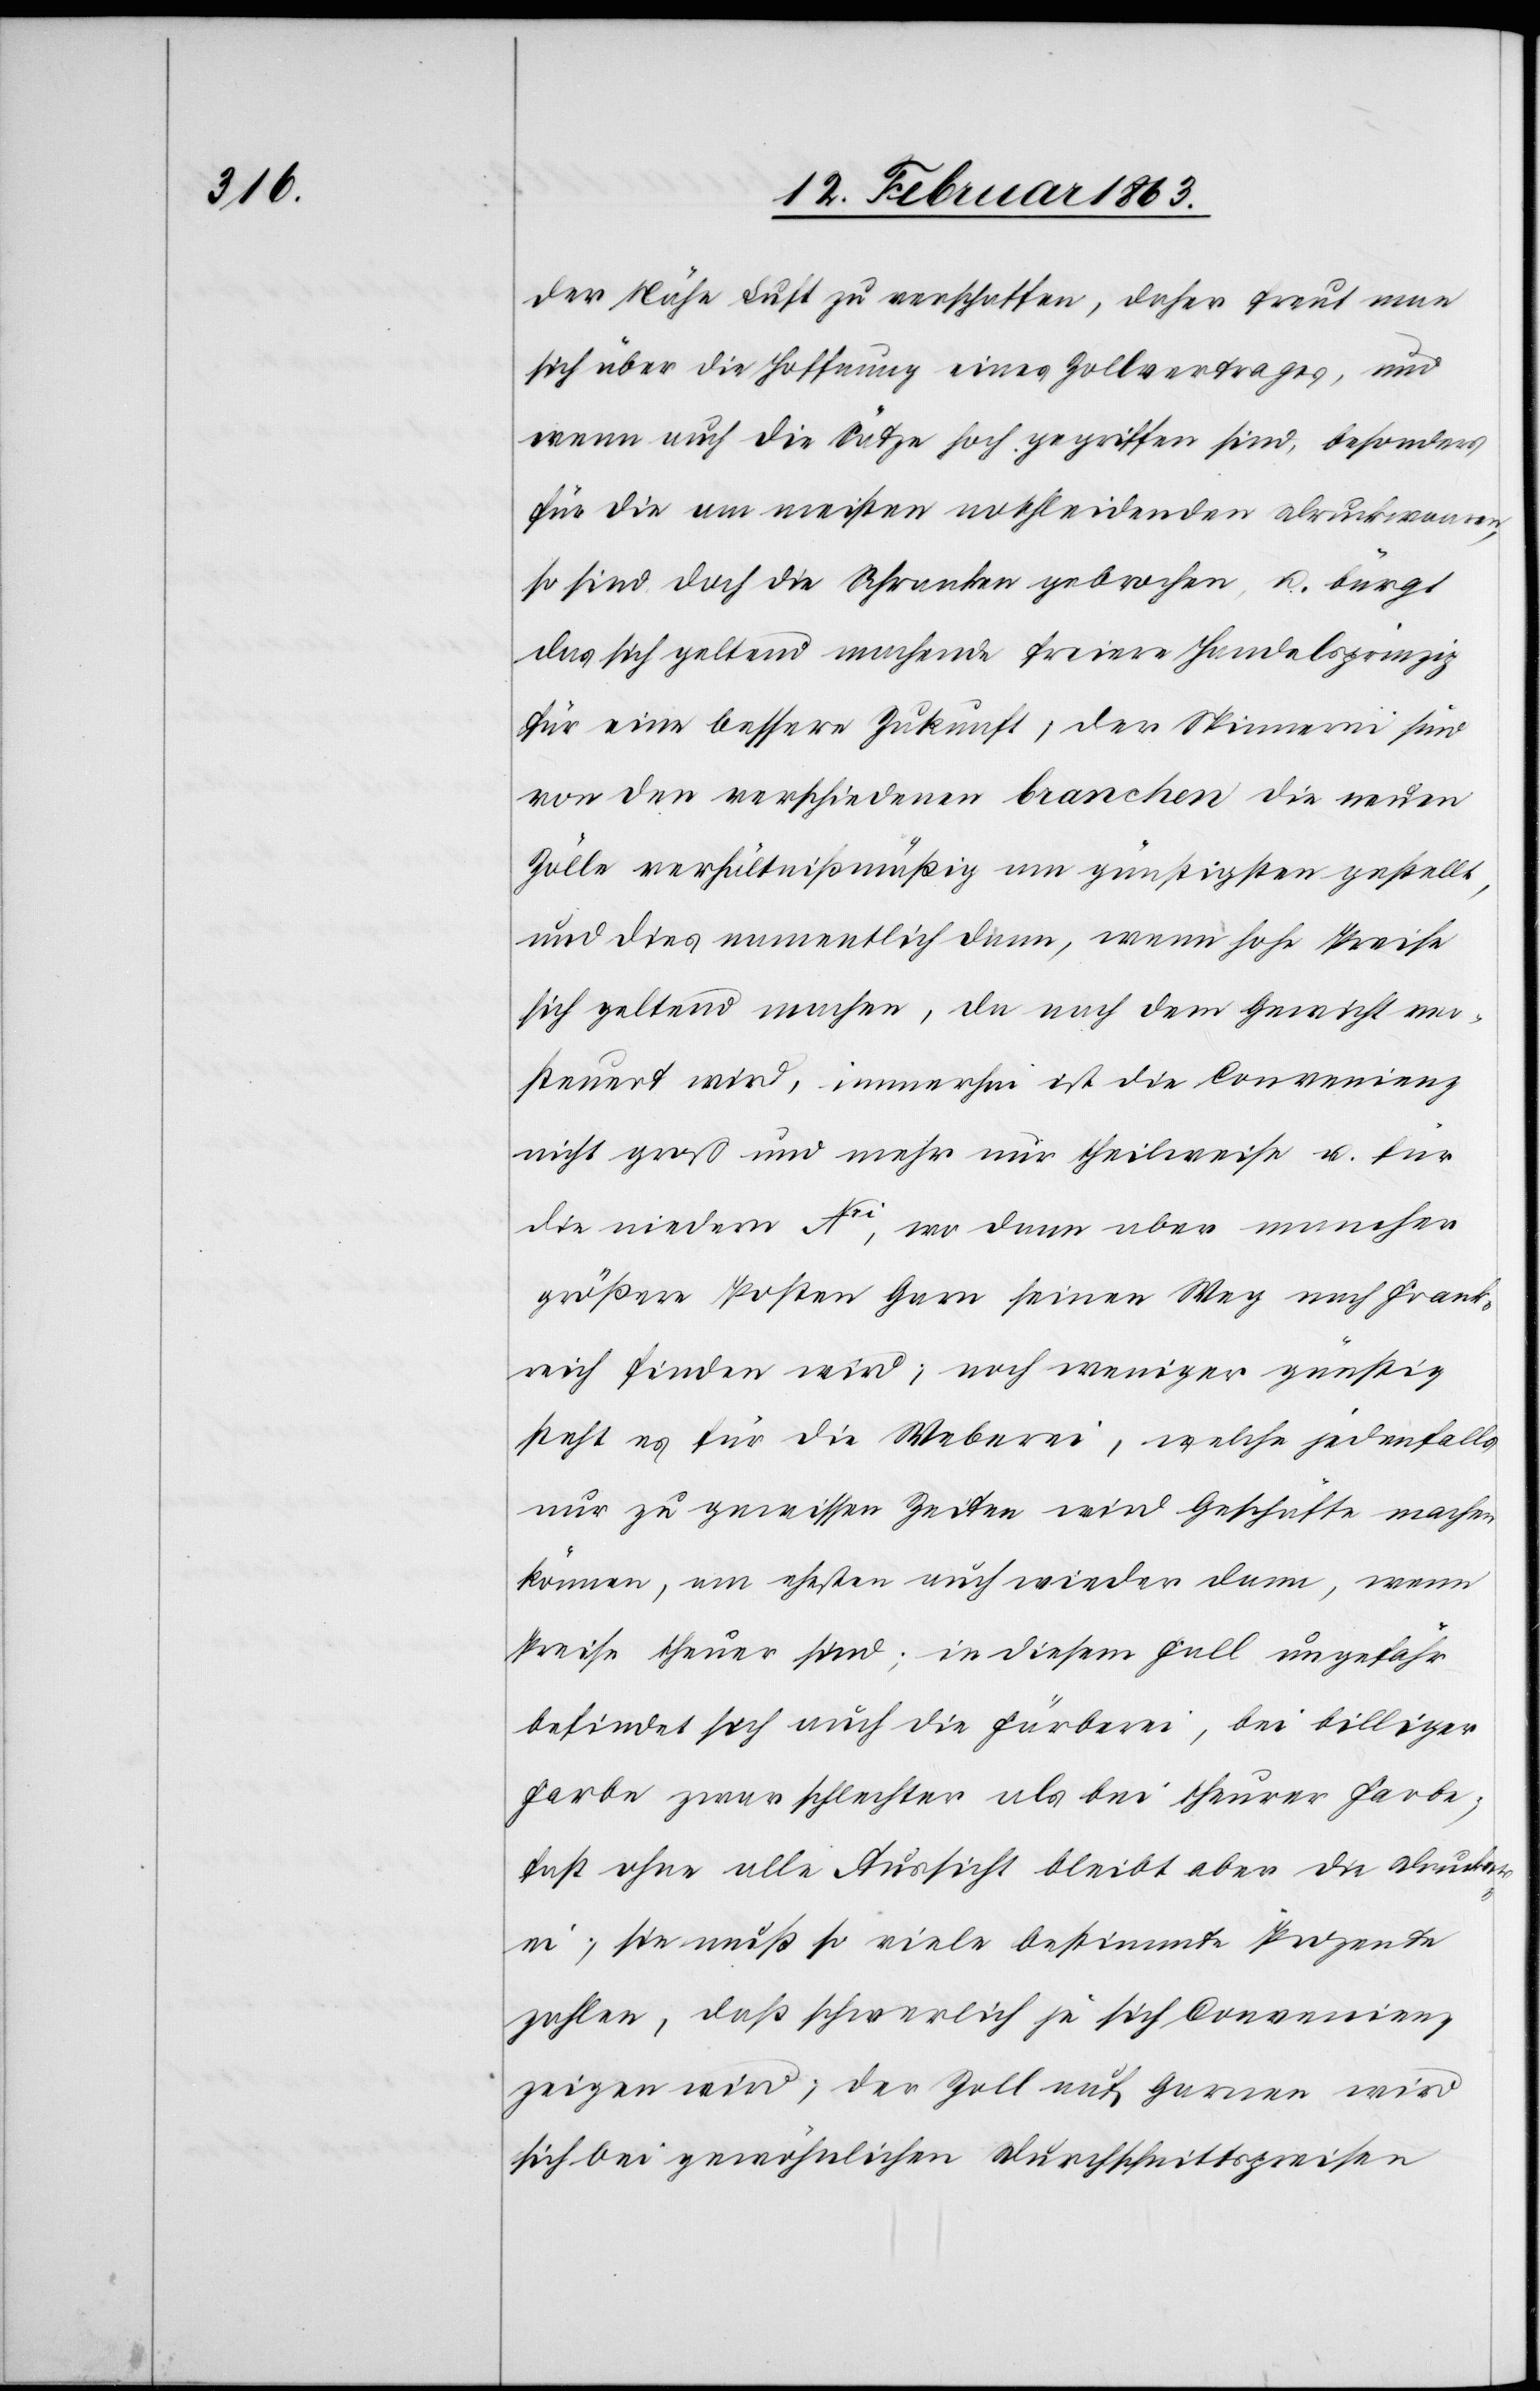
der Nähe Luft zu verschaffen, daher freut man
sich über die Hoffnung eines Zollvertrages, und
wenn auch die Sätze hoch gegriffen sind, besonders
für die am meisten nothleidenden Druckwaaren,
so sind doch die Schranken gebrochen, u. bürgt
das sich geltend machende freiere Handelsprinzip
für eine bessere Zukunft; der Spinnerei sind
von den verschiedenen branchen die neuen
Zölle verhältnißmäßig am günstigsten gestellt,
und dies namentlich dann, wenn hohe Preise
sich geltend machen, da nach dem Gewicht ver¬
steuert wird, immerhin ist die Convenienz
nicht groß und mehr nur theilweise u. für
die niedern Nri, wo dann aber mancher
größere Posten Garn seinen Weg nach Frank¬
reich finden wird; noch weniger günstig
steht es für die Weberei, welche jedenfalls
nur zu gewissen Zeiten wird Geschäfte machen
können, am ehesten auch wieder dann, wenn
Preise theuer sind; in diesem Fall ungefähr
befindet sich auch die Färberei, bei billiger
Farbe zwar schlechter als bei theurer Farbe;
fast ohne alle Aussicht bleibt aber die Drucker¬
ei; sie muß so viele bestimmte Prozente
zahlen, daß schwerlich je sich Convenienz
zeigen wird; der Zoll auf Garnen wird
sich bei gewöhnlichen Durchschnittspreisen